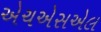
એચએસએલ